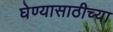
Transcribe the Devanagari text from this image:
घेण्यासाठीच्या